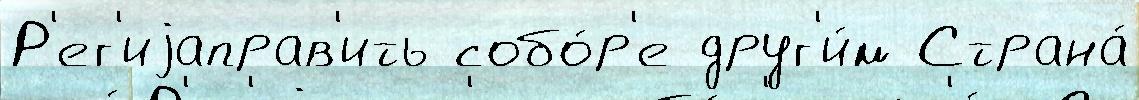
Р'ег'иjаправ'ить собо́р'е друг'и́м Страна́